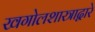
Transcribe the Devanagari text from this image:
खगोलशास्त्राद्वारे